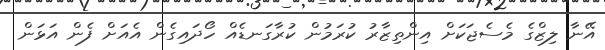
އޭނާ ލިޒްގެ މެސެޖަކަށް އިންތިޒާރު ކުރަމުން ކުރާގަނޑެއް ހޯދައިގެން އެއަށް ފެން އަޅަން